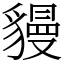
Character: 䝢